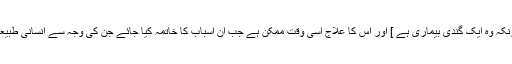
جہاں تک بزدلی کا تعلق ہے تو اس کا علاج کر نا چاہئے [ کیونکہ وہ ایک گندی بیماری ہے ] اور اس کا علاج اسی وقت ممکن ہے جب ان اسباب کا خاتمہ کیا جائے جن کی وجہ سے انسانی طبیعت میں اعتدال نہیں رہتا اور انسان بزدلی میں مبتلا ہو جاتا ہے ۔